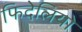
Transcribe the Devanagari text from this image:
फिदेलियो